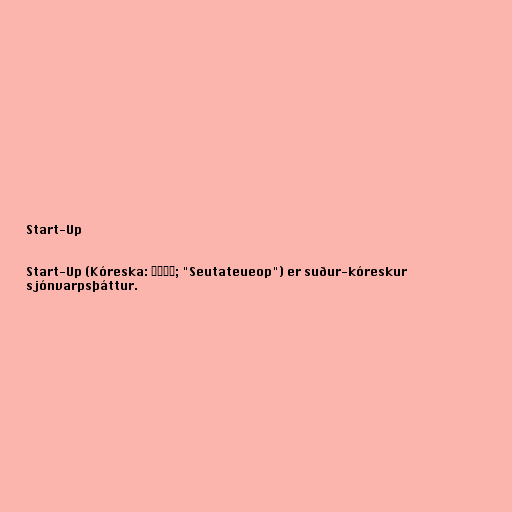
Start-Up

Start-Up (Kóreska: 스타트업; "Seutateueop") er suður-kóreskur
sjónvarpsþáttur.